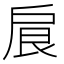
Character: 𢩆